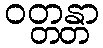
ဝတ္တန္တာ